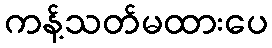
ကန့်သတ်မထားပေ